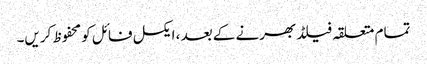
تمام متعلقہ فیلڈ بھرنے کے بعد ، ایکسل فائل کو محفوظ کریں۔